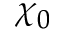
\chi _ { 0 }